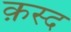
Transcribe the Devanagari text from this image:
क़स्द